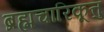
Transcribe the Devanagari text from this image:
ब्रह्मचारिकूत्तु